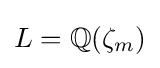
L=\mathbb {Q} (\zeta _{m})